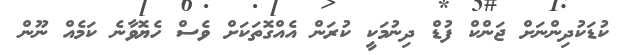
ކުޑަކުދިންނަށް ޖަންކް ފުޑް ދިނުމަކީ ކުރަން އެއްގޮތަކަށް ވެސް ހެޔޮވާނެ ކަމެއް ނޫން